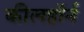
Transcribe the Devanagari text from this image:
कीलहॉर्न